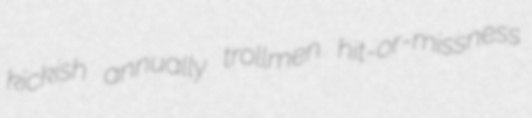
kickish annually trollmen hit-or-missness